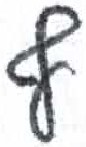
אות: ף